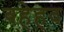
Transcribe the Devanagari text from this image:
बहेहद